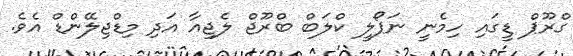
ގްރޫޕް ޑީގައި ހިމެނީ ނަޕޯލީ ކްލަބް ބްރޫޖް ލެޖިއާ އަދި މިޑްޖިލޭންޑް އެވެ.